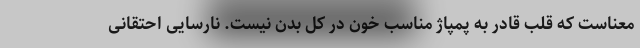
معناست که قلب قادر به پمپاژ مناسب خون در کل بدن نیست. نارسایی احتقانی